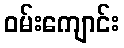
ဝမ်းကျောင်း